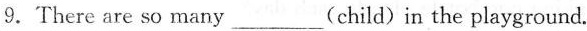
9.There are so many ___ (child)in the playground.